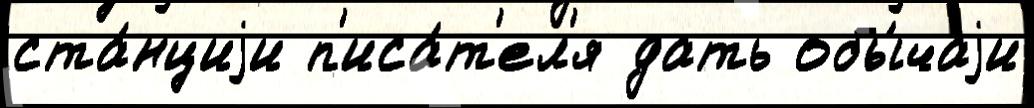
ста́нциjи п'иса́т'ел'я дать обы́чаjи